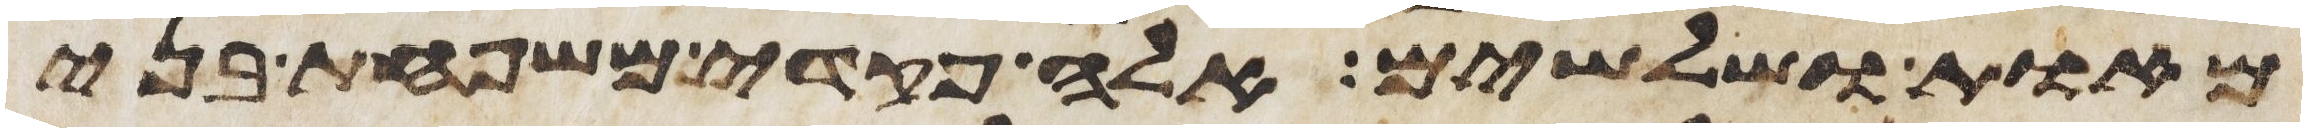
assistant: מאות ושלשים אלה פקדי משפחת בני